Annual statistical returns and brief notes on vaccination in Bengal - 1909-1929
Year: 1909
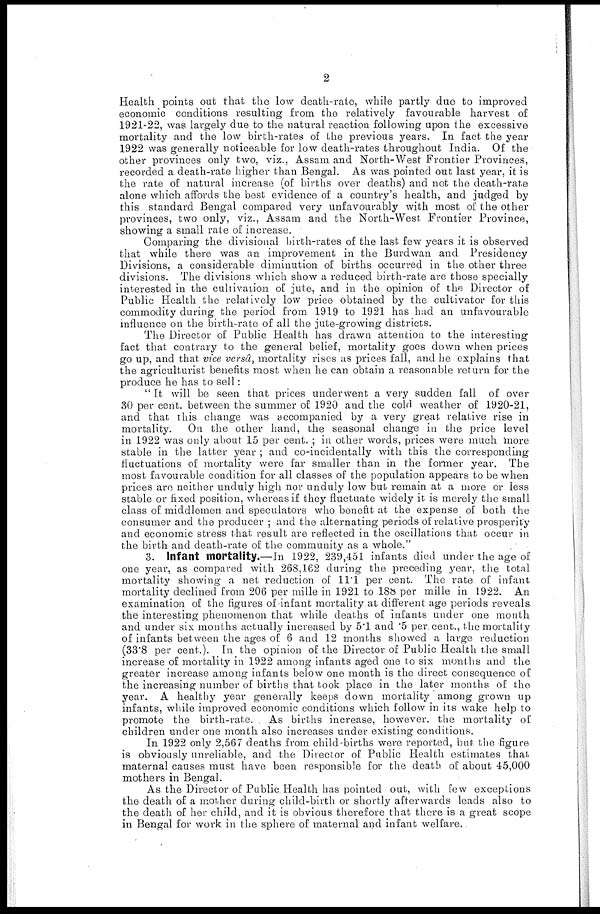
2
Health points out that the low death-rate, while partly due to improved
economic conditions resulting from the relatively favourable harvest of
1921-22, was largely due to the natural reaction following upon the excessive
mortality and the low birth-rates of the previous years. In fact the year
1922 was generally noticeable for low death-rates throughout India. Of the
other provinces only two, viz., Assam and North-West Frontier Provinces,
recorded a death-rate higher than Bengal. As was pointed out last year, it is
the rate of natural increase (of births over deaths) and not the death-rate
alone which affords the best evidence of a country's health, and judged by
this standard Bengal compared very unfavourably with most of the other
provinces, two only, viz., Assam and the North-West Frontier Province,
showing a small rate of increase.
Comparing the divisional birth-rates of the last few years it is observed
that while there was an improvement in the Burdwan and Presidency
Divisions, a considerable diminution of births occurred in the other three
divisions. The divisions which show a reduced birth-rate are those specially
interested in the cultivation of jute, and in the opinion of the Director of
Public Health the relatively low price obtained by the cultivator for this
commodity during the period from 1919 to 1921 has had an unfavourable
influence on the birth-rate of all the jute-growing districts.
The Director of Public Health has drawn attention to the interesting
fact that contrary to the general belief, mortality goes down when prices
go up, and that vice versâ, mortality rises as prices fall, and he explains that
the agriculturist benefits most when he can obtain a reasonable return for the
produce he has to sell:
"It will be seen that prices underwent a very sudden fall of over
30 per cent. between the summer of 1920 and the cold weather of 1920-21,
and that this change was accompanied by a very great relative rise in
mortality. On the other hand, the seasonal change in the price level
in 1922 was only about 15 per cent. ; in other words, prices were much more
stable in the latter year ; and co-incidentally with this the corresponding
fluctuations of mortality were far smaller than in the former year. The
most favourable condition for all classes of the population appears to be when
prices are neither unduly high nor unduly low but remain at a more or less
stable or fixed position, whereas if they fluctuate widely it is merely the small
class of middlemen and speculators who benefit at the expense of both the
consumer and the producer ; and the alternating periods of relative prosperity
and economic stress that result are reflected in the oscillations that occur in
the birth and death-rate of the community as a whole."
3. Infant mortality.—In 1922, 239,451 infants died under the age of
one year, as compared with 268,162 during the preceding year, the total
mortality showing a net reduction of 11.1 per cent. The rate of infant
mortality declined from 206 per mille in 1921 to 188 per mille in 1922. An
examination of the figures of infant mortality at different age periods reveals
the interesting phenomenon that while deaths of infants under one month
and under six months actually increased by 5.1 and .5 per cent., the mortality
of infants between the ages of 6 and 12 months showed a large reduction
(33.8 per cent.). In the opinion of the Director of Public Health the small
increase of mortality in 1922 among infants aged one to six months and the
greater increase among infants below one month is the direct consequence of
the increasing number of births that took place in the later months of the
year. A healthy year generally keeps down mortality among grown up
infants, while improved economic conditions which follow in its wake help to
promote the birth-rate. As births increase, however, the mortality of
children under one month also increases under existing conditions.
In 1922 only 2,567 deaths from child-births were reported, but the figure
is obviously unreliable, and the Director of Public Health estimates that
maternal causes must have been responsible for the death of about 45,000
mothers in Bengal.
As the Director of Public Health has pointed out, with few exceptions
the death of a mother during child-birth or shortly afterwards leads also to
the death of her child, and it is obvious therefore that there is a great scope
in Bengal for work in the sphere of maternal and infant welfare.